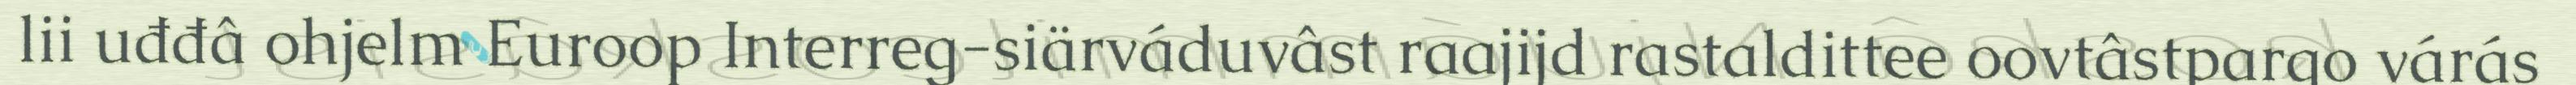
lii uđđâ ohjelm Euroop Interreg-siärváduvâst raajijd rastaldittee oovtâstpargo várás